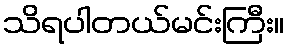
သိရပါတယ်မင်းကြီး။